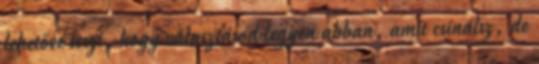
lehetővé teszi, hogy választásod legyen abban, amit csinálsz, de